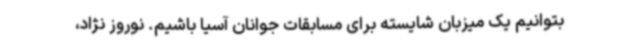
بتوانیم یک میزبان شایسته برای مسابقات جوانان آسیا باشیم. نوروز نژاد،